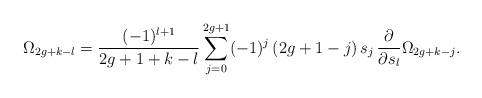
LaTeX: \begin{align*}\Omega_{2g+k-l}={(-1)^{l+1}\over 2g+1+k-l}\sum_{j=0}^{2g+1}(-1)^j\,(2g+1-j)\,s_j\,{\partial\over\partial s_l}\Omega_{2g+k-j}.\end{align*}